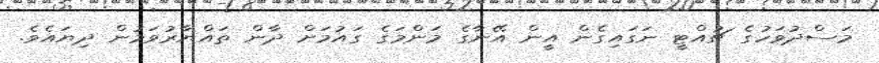
މަސްދުވަހުގެ ޗުއްޓީ ނަގައިގެން އީން އޭނާގެ މަންމަގެ ގައުމަށް ދާން ތައްޔާރުވަމުން ދިޔައެވެ.